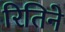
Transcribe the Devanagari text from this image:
रितिने